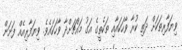
ވިޔަފާރިތަކަށް ދަތި ކުރާ ވާހަކައާއި ތަކެތީގެ އަގު މައްޗަށްދާ ވާހަކައެވެ. ވިޔަފާރިއެއް ފަށަން